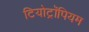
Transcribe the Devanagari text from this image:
टियोट्रॉपियम